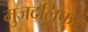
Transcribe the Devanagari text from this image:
मुजदलिफर